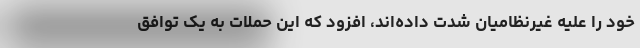
خود را علیه غیرنظامیان شدت داده‌اند، افزود که این حملات به یک توافق